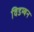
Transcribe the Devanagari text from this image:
विडम्बन